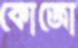
কোজো